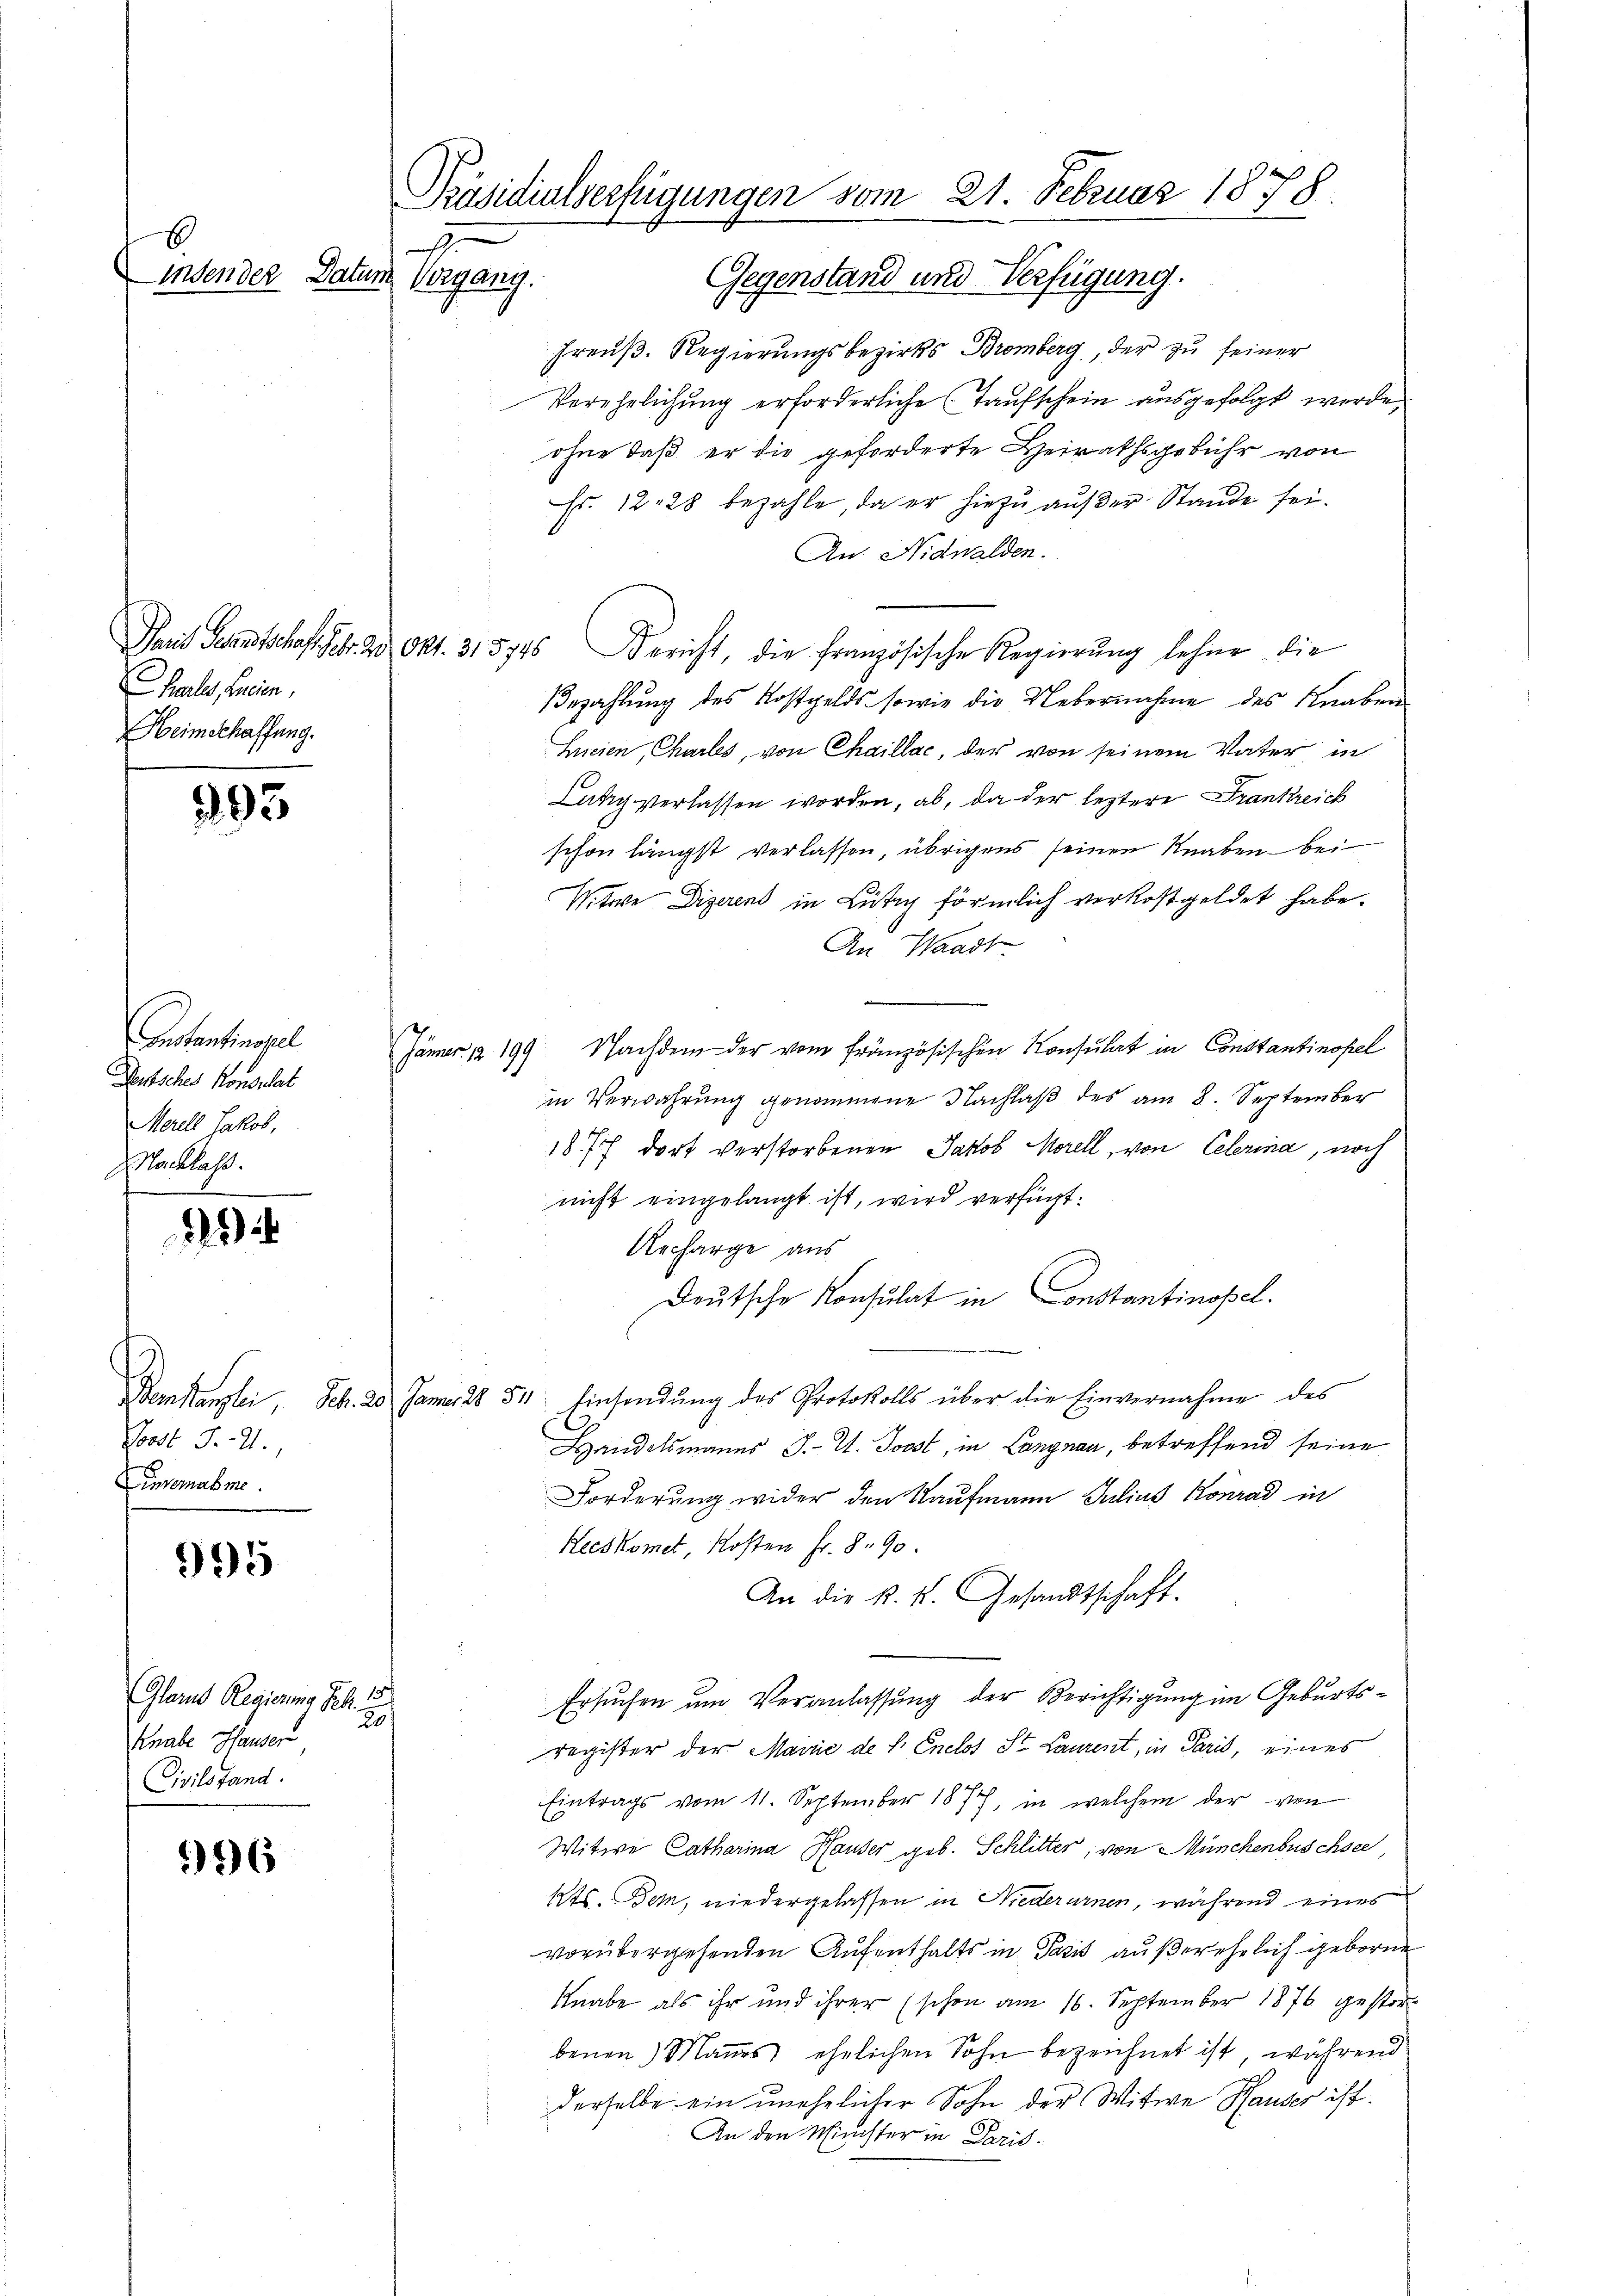
6

halles, Lucen,
Heimschaffung.

395

Anstantinopel
Deutsches Konsulat
Merell Jakob,
Nachlaß.

oost S. 4.,
ensemabme.

995

Glarus Regierung Febr. 15
Knabe Hauser
Civilstand.

596

Präsidialverfügungen vom 21. Februar 1878.
.
inden der Datum Vorgang.
Gegenstand und Verfügung.

Preuß. Regierungsbezirks Bromberg, der zu seiner
Verehelichung erforderliche Taufschein ausgefolgt werde,
ohne daß er die geforderte Heirathsgebühr von
Fr. 1228 bezahle, da er hiezu außer Stande sei.
An Nidwalden.
Paris Gesandtschaft Febr. 23 Okt. 315745 Bericht, die französische Regierŭng lehne die
Bezahlung des Kostgelds sowie die Uebernahme des Knaben
Heien, Chartes, von Chaillac, der von seinem Vater in
Lätig verlassen worden, ab, da der leztere Frankreich
schon längst verlassen, übrigens seinen Knaben bei
Witwe Diserend in Lütig förmlich verkostgeldet habe.
An Waadt
Jänner 199 Nachdem der vom französischen Konsulat in Constantinopel
in Verwahrung genommene Nachlaß des am 8. September
18 f dort verstorbenen Jakob Morell, von Celerina, noch
nicht eingelangt ist, wird verfügt:
Ancharge aus
Deutsche Konsulat in Constantinopel.
Demstanzlei Sch. 20. Jannes 28. 51. Einsendung des Protokolls über die Einvernahme des
Handelsmanns J. V. Joost, in Langnau, betreffend seine
Forderung wider den Kaufmann Julius Konrad in
Heeskomet, Kosten Fr. 8. 90.
An die k. k. Gesandtschaft.
Ersuchen um Veranlassung der Berichtigung im Geburts¬
20
register der Mairić de l. Enelos St. Laurent, in Paris, eines
Eintrags vom 11. September 1877, in welchem der von
Witwe Catharina Hauser geb. Schlitter, von Münchenbuschsee,
Kts. Bem, niedergelassen in Niederurnen, während eines
vorübergehenden Aufenthalts in Pasis außerehrlich geborne
Knabe als ihr und ihrer (schon am 16. September 1876 gestorbenen) Mannes ehelichen Sohn bezeichnet ist, während
derselbe ein unehelicher Sohn der Witwe Hauser ist.
An den Minister in Paris